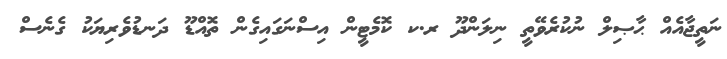
ނަތީޖާއެއް ޙާޞިލް ނުކުރެވޭތީ ނިލަންދޫ ރ.ކ ކޮމެޓީން އިސްނަގައިގެން ތޮއްޑޫ ދަނޑުވެރިޔަކު ގެނެސް